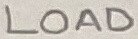
Text: LOAD